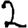
Digit: 2